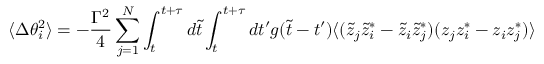
\langle \Delta \theta _ { i } ^ { 2 } \rangle = - { \frac { \Gamma ^ { 2 } } { 4 } } \sum _ { j = 1 } ^ { N } \int _ { t } ^ { t + \tau } d \tilde { t } \int _ { t } ^ { t + \tau } d t ^ { \prime } g ( \tilde { t } - t ^ { \prime } ) \langle ( \tilde { z } _ { j } \tilde { z } _ { i } ^ { * } - \tilde { z } _ { i } \tilde { z } _ { j } ^ { * } ) ( z _ { j } z _ { i } ^ { * } - z _ { i } z _ { j } ^ { * } ) \rangle